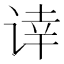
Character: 𰵰